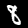
Digit: 8